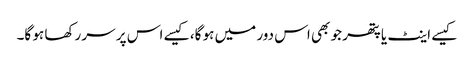
کیسے اینٹ یا پتھر جو بھی اس دور میں ہو گا، کیسے اس پر سر رکھا ہو گا۔